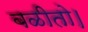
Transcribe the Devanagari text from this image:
बळीतो।